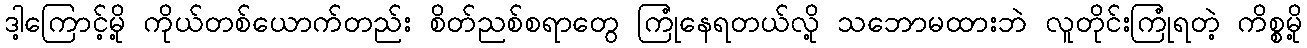
ဒါ့ကြောင့်မို့ ကိုယ်တစ်ယောက်တည်း စိတ်ညစ်စရာတွေ ကြုံနေရတယ်လို့ သဘောမထားဘဲ လူတိုင်းကြုံရတဲ့ ကိစ္စမို့